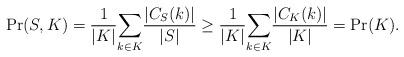
LaTeX: \begin{align*}\Pr(S, K) = \frac {1}{|K|}\underset{k \in K}{\sum}\frac{|C_S(k)|}{|S|} \geq \frac {1}{|K|}\underset{k \in K}{\sum}\frac {|C_K(k)|}{|K|} = \Pr(K).\end{align*}